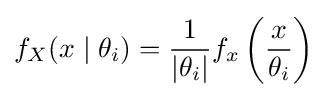
f_{X}(x\mid \theta _{i})={\frac {1}{|\theta _{i}|}}f_{x}\left({\frac {x}{\theta _{i}}}\right)